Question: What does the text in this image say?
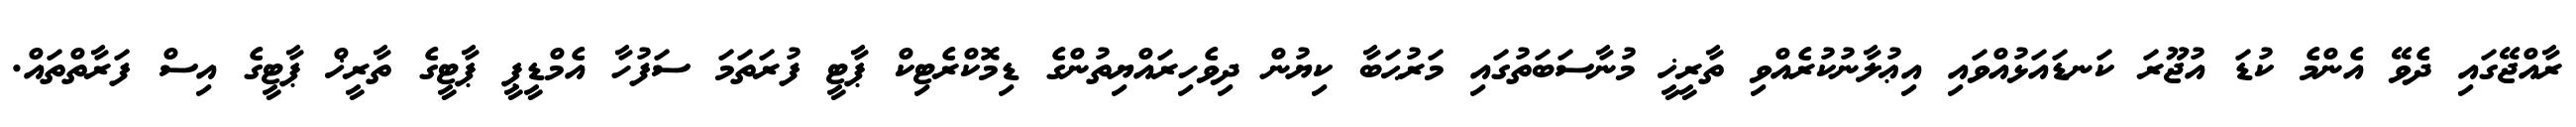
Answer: ރާއްޖޭގައި ދެވޭ އެންމެ ކުޑަ އުޖޫރަ ކަނޑައަޅުއްވައި އިޢުލާނުކުރެއްވި ތާރީޚީ މުނާސަބަތުގައި މަރުޙަބާ ކިޔުން ދިވެހިރައްޔިތުންގެ ޑިމޮކްރެޓިކް ޕާޓީ ފުރަތަމަ ސަފުހާ އެމްޑީޕީ ޕާޓީގެ ތާރީޚް ޕާޓީގެ އިސް ފަރާތްތައް.